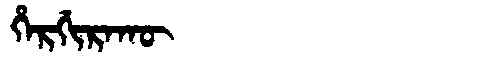
Manchu: ᡥᡝᡵᡤᡳᡵᠠᡴᡡ
Romanization: HERGIRAKŪ